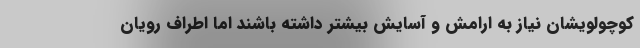
کوچولویشان نیاز به ارامش و آسایش بیشتر داشته باشند اما اطراف رویان